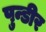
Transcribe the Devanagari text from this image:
पुन्डीर